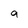
Character: q